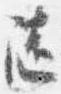
随